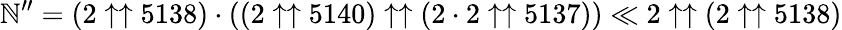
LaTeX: \mathbb{N}^{\prime\prime}=(2\uparrow\uparrow5138)\cdot((2\uparrow\uparrow5140)\uparrow\uparrow(2\cdot2\uparrow\uparrow5137))\ll2\uparrow\uparrow(2\uparrow\uparrow5138)